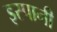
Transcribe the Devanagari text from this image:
इस्पानी